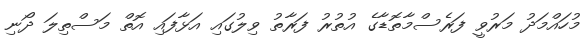
މުހައްމަދު މަރުވީ ފަރެސްމާތޮޑާގެ އުތުރު ފަރާތު ވިލުގައި އަޅާފައި އޮތް މަސްތިލަ ދޯނި